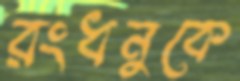
রংধনুকে